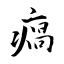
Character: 瘑